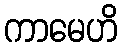
ကာမေဟိ